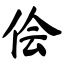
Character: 侩